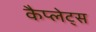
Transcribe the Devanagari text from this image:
कैप्लेट्स